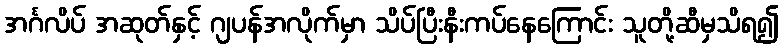
အင်္ဂလိပ် အဆုတ်နှင့် ဂျပန်အလိုက်မှာ သိပ်ပြီးနီးကပ်နေကြောင်း သူတို့ဆီမှသိရ၍